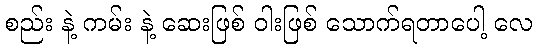
စည်း နဲ့ ကမ်း နဲ့ ဆေးဖြစ် ဝါးဖြစ် သောက်ရတာပေါ့ လေ